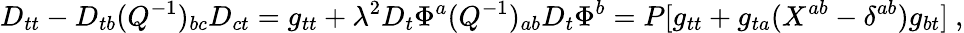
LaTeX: D_{tt}-D_{tb}(Q^{-1})_{bc}D_{ct}=g_{tt}+\lambda^{2}D_{t}\Phi^{a}(Q^{-1})_{ab}D_{t}\Phi^{b}=P[g_{tt}+g_{ta}(X^{ab}-\delta^{ab})g_{bt}]\ ,